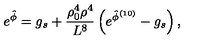
e ^ { \hat { \phi } } = g _ { s } + { \frac { \rho _ { 0 } ^ { 4 } \rho ^ { 4 } } { L ^ { 8 } } } \left( e ^ { \hat { \phi } ^ { ( 1 0 ) } } - g _ { s } \right) ,